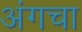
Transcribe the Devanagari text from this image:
अंगचा